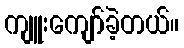
ကျူးကျော်ခဲ့တယ်။